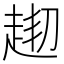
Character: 𧻘